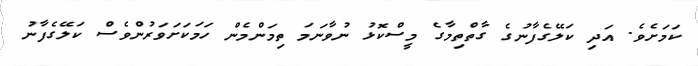
ކަމަށެވެ. އަދި ކަލޭގެފާނުގެ ގާތްތިމާގެ މީސްކޮޅު ނުވާނަމަ ތިމަންމެން ހަމަކަށަވަރުންވެސް ކަލޭގެފާނު